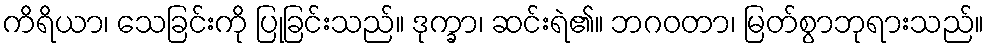
ကိရိယာ၊ သေခြင်းကို ပြုခြင်းသည်။ ဒုက္ခာ၊ ဆင်းရဲ၏။ ဘဂဝတာ၊ မြတ်စွာဘုရားသည်။